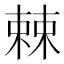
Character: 𣗥